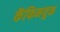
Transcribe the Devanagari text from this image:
कॅफिनयुक्त